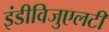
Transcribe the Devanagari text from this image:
इंडीविजुएलटी